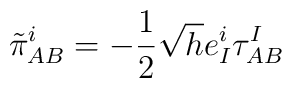
\tilde{\pi}^{i}_{AB}=                -\frac{1}{2}\sqrt{h}e^{i}_{I}\tau^{I}_{AB}